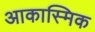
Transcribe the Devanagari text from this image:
आकास्मिक